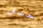
جستن